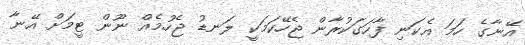
އޭނާގެ ހަމަ އެކަނި ފާހަގަކުރާން ޖެހޭކަމަކީ ލަނޑު ޖެހުމެއް ނޫން ޓީމަށް އޭނާ